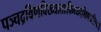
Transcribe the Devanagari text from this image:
पञ्चद्रविणविख्याताःविन्ध्यदक्षिणवासिनः॥